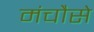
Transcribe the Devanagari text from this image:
मंचौसे